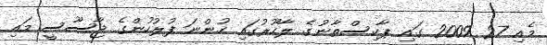
މެއި 27 2009 ގައި ޕާކިސްތާނުގެ ލާހޫރުގައި ހުންނަ ފުލުހުންގެ ޖާސޫސީ މައި